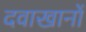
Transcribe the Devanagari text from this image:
दवाखानों